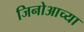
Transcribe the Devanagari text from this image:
जिनोआच्या